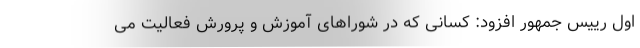
اول رییس جمهور افزود: کسانی که در شوراهای آموزش و پرورش فعالیت می